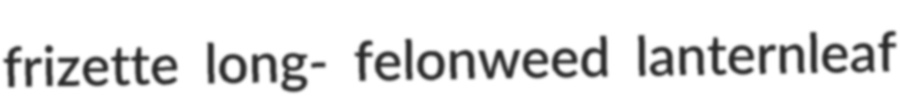
frizette long- felonweed lanternleaf